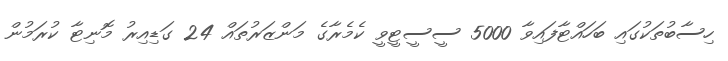
ހިސާބުތަކުގައި ބަހައްޓާފައިވާ 5000 ސީސީޓީވީ ކެމެރާގެ މަންޒަރުތައް 24 ގަޑިއިރު މޮނިޓާ ކުރަމުން